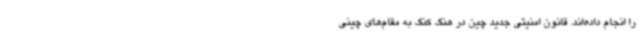
را انجام داده‌اند. قانون امنیتی جدید چین در هنگ کنگ به مقام‌های چینی